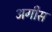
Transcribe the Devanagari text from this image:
अगीस